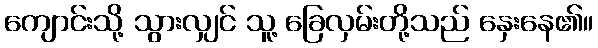
ကျောင်းသို့ သွားလျှင် သူ့ ခြေလှမ်းတို့သည် နှေးနေ၏။